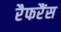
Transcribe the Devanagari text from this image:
रैफरैंस